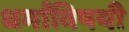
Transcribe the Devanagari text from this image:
धर्मांविषयी